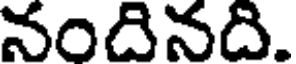
నందినది.